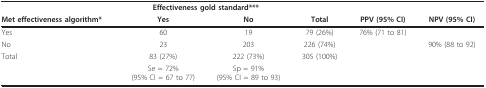
<table><thead><tr><td></td><td colspan="2"><b>Effectiveness gold standard***</b></td><td></td><td></td><td></td></tr><tr><td><b>Met effectiveness algorithm*</b></td><td><b>Yes</b></td><td><b>No</b></td><td><b>Total</b></td><td><b>PPV (95% CI)</b></td><td><b>NPV (95% CI)</b></td></tr></thead><tbody><tr><td>Yes</td><td>60</td><td>19</td><td>79 (26%)</td><td>76% (71 to 81)</td><td></td></tr><tr><td>No</td><td>23</td><td>203</td><td>226 (74%)</td><td></td><td>90% (88 to 92)</td></tr><tr><td>Total</td><td>83 (27%)</td><td>222 (73%)</td><td>305 (100%)</td><td></td><td></td></tr><tr><td></td><td>Se = 72%(95% CI = 67 to 77)</td><td>Sp = 91%(95% CI = 89 to 93)</td><td></td><td></td><td></td></tr></tbody></table>